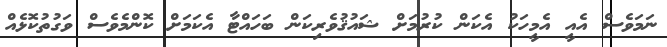
ނަމަވެސް އެއީ އެމީހަކު އެކަން ކުރުމަށް ޝައުޤުވެރިކަން ބަހައްޓާ އެކަމަށް ކޮންމެވެސް ވަގުތުކޮޅެއް